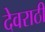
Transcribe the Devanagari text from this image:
देवराठी